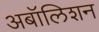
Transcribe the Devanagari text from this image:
अबॉलिशन